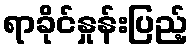
ရာခိုင်နှုန်းပြည့်